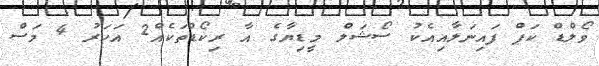
ވޯލްޑް ކަޕް ފައިނަލާއިއެކު ސޯޝަލް މީޑިޔާގެ އާ ރިކޯޑްތަކެއް2 އަހަރު 4 މަސް